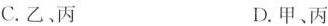
C.乙、丙 D.甲、丙